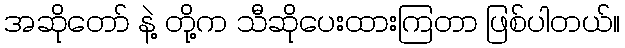
အဆိုတော် နဲ့ တို့က သီဆိုပေးထားကြတာ ဖြစ်ပါတယ်။